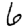
Digit: 6